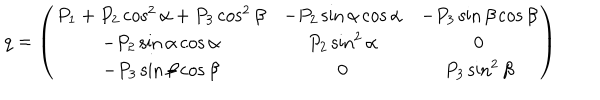
q = \left( \begin{matrix} { { P _ { 1 } + P _ { 2 } \cos ^ { 2 } \alpha + P _ { 3 } \cos ^ { 2 } \beta } } & { { - P _ { 2 } \sin \alpha \cos \alpha } } & { { - P _ { 3 } \sin \beta \cos \beta } } \\ { { - P _ { 2 } \sin \alpha \cos \alpha } } & { { P _ { 2 } \sin ^ { 2 } \alpha } } & { { 0 } } \\ { { - P _ { 3 } \sin \beta \cos \beta } } & { { 0 } } & { { P _ { 3 } \sin ^ { 2 } \beta } } \\ \end{matrix} \right)